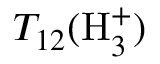
T _ { 1 2 } ( \mathrm { H } _ { 3 } ^ { + } )